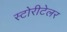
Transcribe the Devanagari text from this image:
स्टोरीटेलर